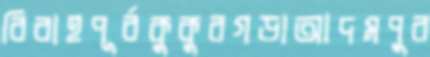
বিবাহপূর্বকুকুরগড়াআদমপুর